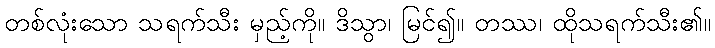
တစ်လုံးသော သရက်သီး မှည့်ကို။ ဒိသွာ၊ မြင်၍။ တဿ၊ ထိုသရက်သီး၏။